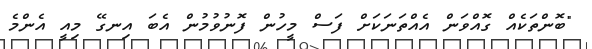
"ބޮންތަކެއް ގޮއްވަން އެއްތަނަކަށް ފަސް މީހުން ފޮނުވުމުން އެބަ އިނގޭ މިއީ އެންމެ